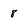
Character: 8